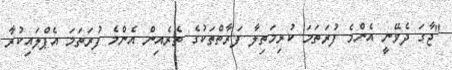
"ޖާގަ ދެވޭނީ އެންމެ ފުރަތަމަ ކުރިމަތިލާ ފަރާތްތަކުގެ ތެރެއިން އެންމެ ފުރަތަމަ އެޕްލައިކުރާ